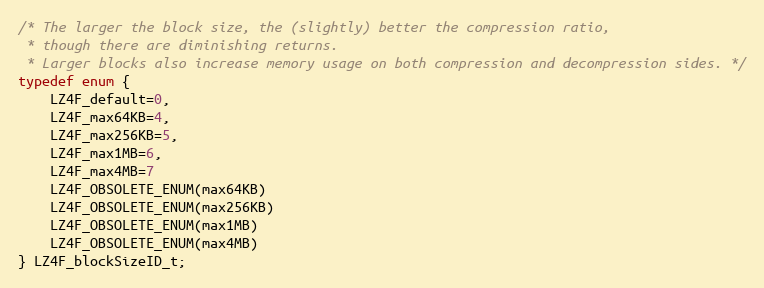
Language: C
/* The larger the block size, the (slightly) better the compression ratio,
 * though there are diminishing returns.
 * Larger blocks also increase memory usage on both compression and decompression sides. */
typedef enum {
    LZ4F_default=0,
    LZ4F_max64KB=4,
    LZ4F_max256KB=5,
    LZ4F_max1MB=6,
    LZ4F_max4MB=7
    LZ4F_OBSOLETE_ENUM(max64KB)
    LZ4F_OBSOLETE_ENUM(max256KB)
    LZ4F_OBSOLETE_ENUM(max1MB)
    LZ4F_OBSOLETE_ENUM(max4MB)
} LZ4F_blockSizeID_t;